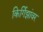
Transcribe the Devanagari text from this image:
किर्गिझांवर